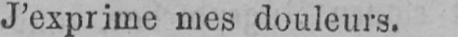
J’exprime mes douleurs.